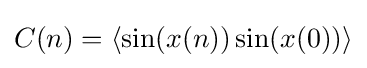
C(n)=\langle \sin(x(n))\sin(x(0))\rangle